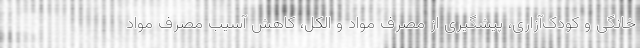
خانگی و کودک‌آزاری، پیشگیری از مصرف مواد و الکل، کاهش آسیب مصرف مواد